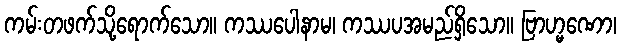
ကမ်းတဖက်သို့ရောက်သော။ ကဿပေါနာမ၊ ကဿပအမည်ရှိသော။ ဗြာဟ္မဏော၊